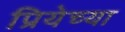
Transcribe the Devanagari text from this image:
प्रियेच्या